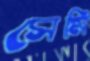
সেমি